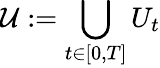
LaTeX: \mathcal{U}:=\bigcup_{t\in[0,T]}U_{t}